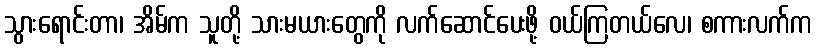
သွားရောင်းတာ၊ အိမ်က သူတို့ သားမယားတွေကို လက်ဆောင်ပေးဖို့ ဝယ်ကြတယ်လေ၊ စကားလက်က